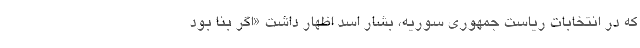
که در انتخابات ریاست جمهوری سوریه، بشار اسد اظهار داشت «اگر بنا بود